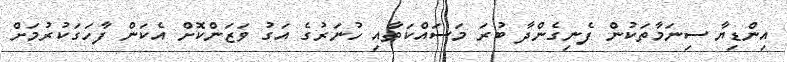
އިންޑިޔާ ސިނަމާތަކުން ފެނިގެންދާ ބުރަ މަސައްކަތާއި ހުނަރުގެ އަގު ވަޒަންކޮށް އެކަން ފާހަގަކުރުމަށް